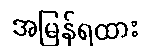
အမြန်ရထား